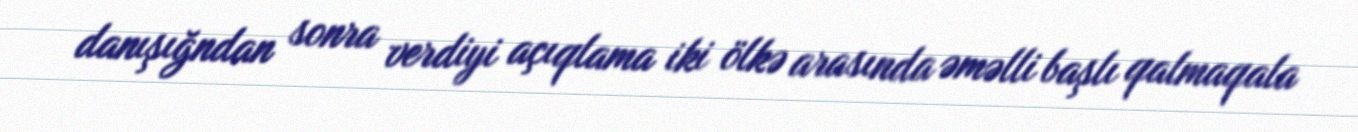
danışığndan sonra verdiyi açıqlama iki ölkə arasında əməlli başlı qalmaqala